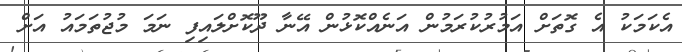
އެކަމަކު އެ ގޮތަށް އަމުރުކުރަމުން އަނެއްކޮޅުން އޭނާ ދޫކޮށްލައިފި ނަމަ މުޖުތަމައު އަށް